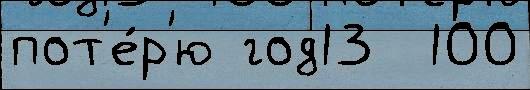
пот'е́р'ю год13  100